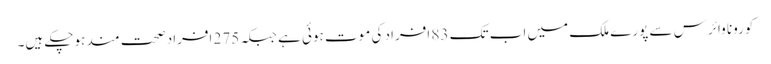
کورونا وائرس سے پورے ملک میں اب تک 83 افراد کی موت ہوئی ہے جبکہ 275 افراد صحت مند ہوچکے ہیں۔